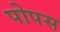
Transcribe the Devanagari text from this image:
पोपस